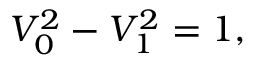
V _ { 0 } ^ { 2 } - V _ { 1 } ^ { 2 } = 1 ,